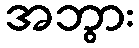
အဘွား